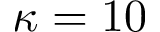
\kappa = 1 0